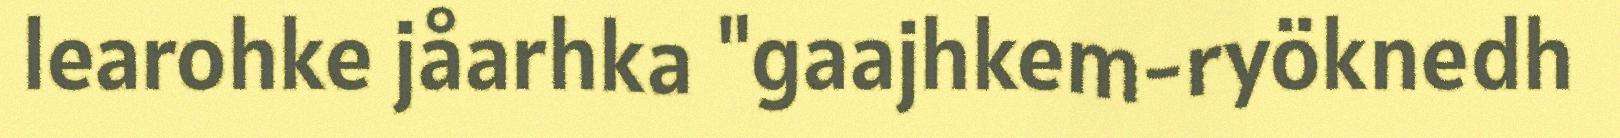
learohke jåarhka "gaajhkem-ryöknedh